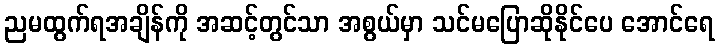
ညမထွက်ရအချိန်ကို အဆင့်တွင်သာ အစွယ်မှာ သင်မပြောဆိုနိုင်ပေ အောင်ရေ